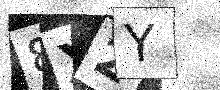
Text: 8X2Y